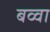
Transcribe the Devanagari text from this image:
बव्वा